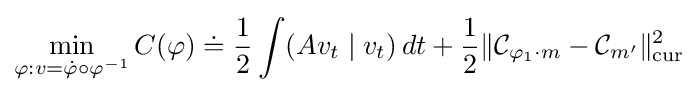
\min _{\varphi :v={\dot {\varphi }}\circ \varphi ^{-1}}C(\varphi )\doteq {\frac {1}{2}}\int (Av_{t}\mid v_{t})\,dt+{\frac {1}{2}}\|{\mathcal {C}}_{\varphi _{1}\cdot m}-{\mathcal {C}}_{m^{\prime }}\|_{\mathrm {cur} }^{2}